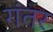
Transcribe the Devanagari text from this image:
गंतर